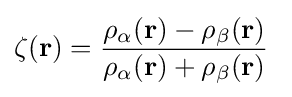
\zeta (\mathbf {r} )={\frac {\rho _{\alpha }(\mathbf {r} )-\rho _{\beta }(\mathbf {r} )}{\rho _{\alpha }(\mathbf {r} )+\rho _{\beta }(\mathbf {r} )}}\